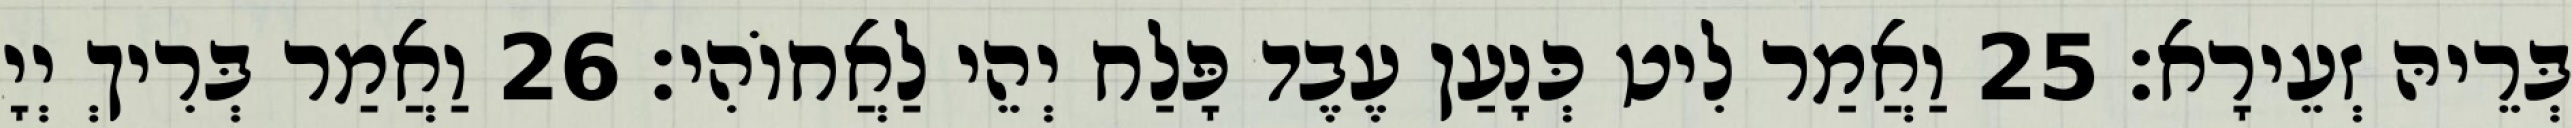
בְּרֵיהּ זְעֵירָא׃ 25 וַאֲמַר לִיט כְּנָעַן עֶבֶד פָּלַח יְהֵי לַאֲחוֹהִי׃ 26 וַאֲמַר בְּרִיךְ יְיָ